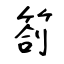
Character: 箚